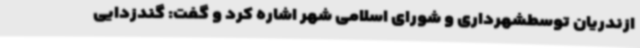
ازندریان توسطشهرداری و شورای اسلامی شهر اشاره کرد و گفت: گندزدایی